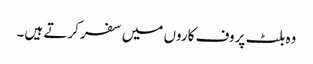
وہ بلٹ پروف کاروں میں سفر کرتے ہیں۔